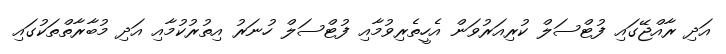
އަދި ރާއްޖޭގައި ފުޓްސަލް ކުރިއަރުވަން އެހީތެރިވުމާއި ފުޓްސަލް ހުނަރު އިތުރުކުމާއި އަދި މުބާރާތްތަކުގައި